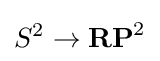
S^{2}\to \mathbf {RP} ^{2}